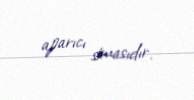
aparıcı simasıdır.